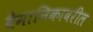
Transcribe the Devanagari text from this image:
वैमानिकावरील